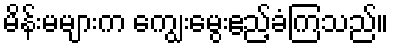
မိန်းမများက ကျွေးမွေးဧည့်ခံကြသည်။